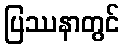
ပြဿနာတွင်